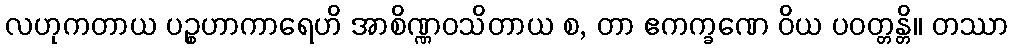
လဟုကတာယ ပဉ္စဟာကာရေဟိ အာစိဏ္ဏဝသိတာယ စ, တာ ဧကက္ခဏေ ဝိယ ပဝတ္တန္တိ။ တဿာ